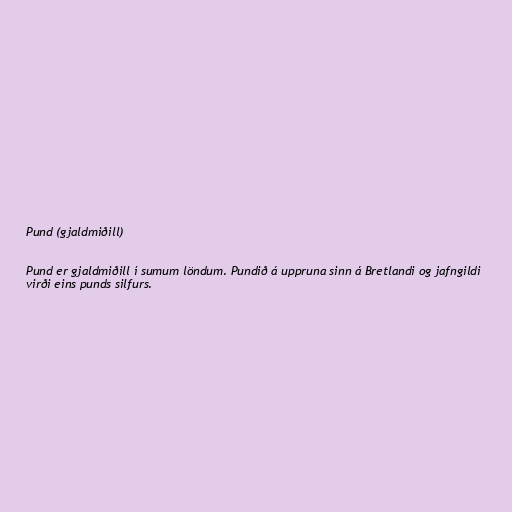
Pund (gjaldmiðill)

Pund er gjaldmiðill í sumum löndum. Pundið á uppruna sinn á Bretlandi og jafngildi
virði eins punds silfurs.